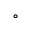
^ { \circ }